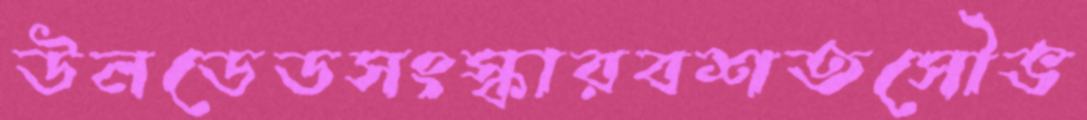
উনডেডসংস্কারবশতসৌভ